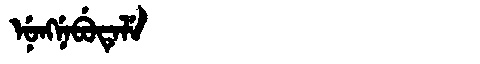
Manchu: ᠨᡠᠩᠨᡝᠪᡠᡨᡝᠯᡝ
Romanization: NUNGNEBUTELE